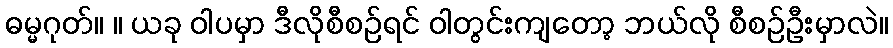
ဓမ္မဂုတ်။ ။ ယခု ဝါပမှာ ဒီလိုစီစဉ်ရင် ဝါတွင်းကျတော့ ဘယ်လို စီစဉ်ဦးမှာလဲ။